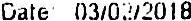
DATE: 03/02/2018